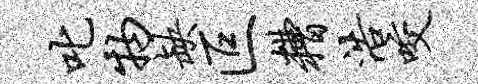
叱物缺叵糟浩咬